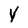
Character: Y